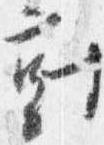
対